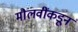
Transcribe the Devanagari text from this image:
मौलवींकडून